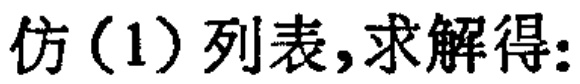
仿(1)列表,求解得: